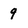
Character: 9